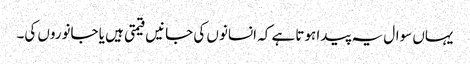
یہاں سوال یہ پیدا ہوتا ہے کہ انسانوں کی جانیں قیمتی ہیں یا جانوروں کی۔